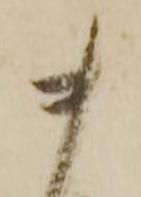
ま